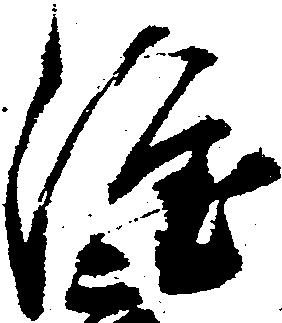
隆